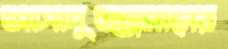
আসাদুজ্জমানের